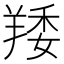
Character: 䍴